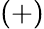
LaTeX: (+)